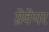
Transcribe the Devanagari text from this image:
ग्रेवेयर